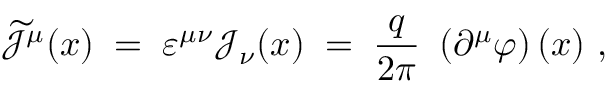
\widetilde { { \mathcal J } } ^ { \mu } ( x ) \; = \; \varepsilon ^ { \mu \nu } { \mathcal J } _ { \nu } ( x ) \; = \; \frac { q } { 2 \pi } ~ \left( \partial ^ { \mu } \varphi \right) ( x ) ~ ,